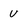
Character: u